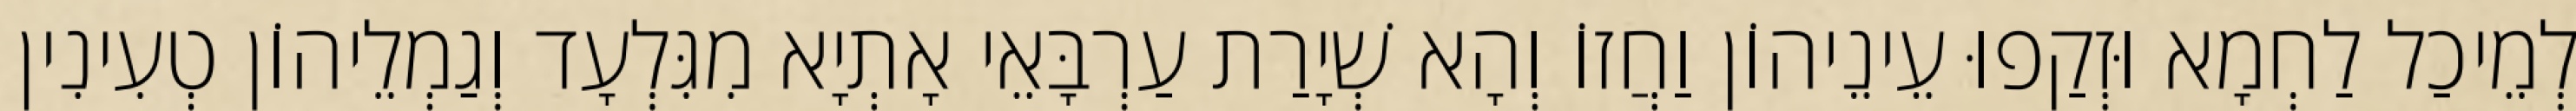
לְמֵיכַל לַחְמָא וּזְקַפוּ עֵינֵיהוֹן וַחֲזוֹ וְהָא שְׁיָרַת עַרְבָּאֵי אָתְיָא מִגִּלְעָד וְגַמְלֵיהוֹן טְעִינִין